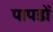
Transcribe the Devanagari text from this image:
पापडों